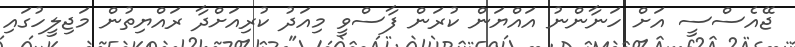
ޖޭއެސްސީ އަށް ހަނާންނު އައްޔަން ކުރަން ފާސްވީ މިއަދު ކުރިއަށްދާ ރައްޔިތުން މަޖިލީހުގައި